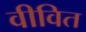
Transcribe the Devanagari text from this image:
वीवित